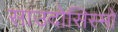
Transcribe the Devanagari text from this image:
साउदोसिस्मो